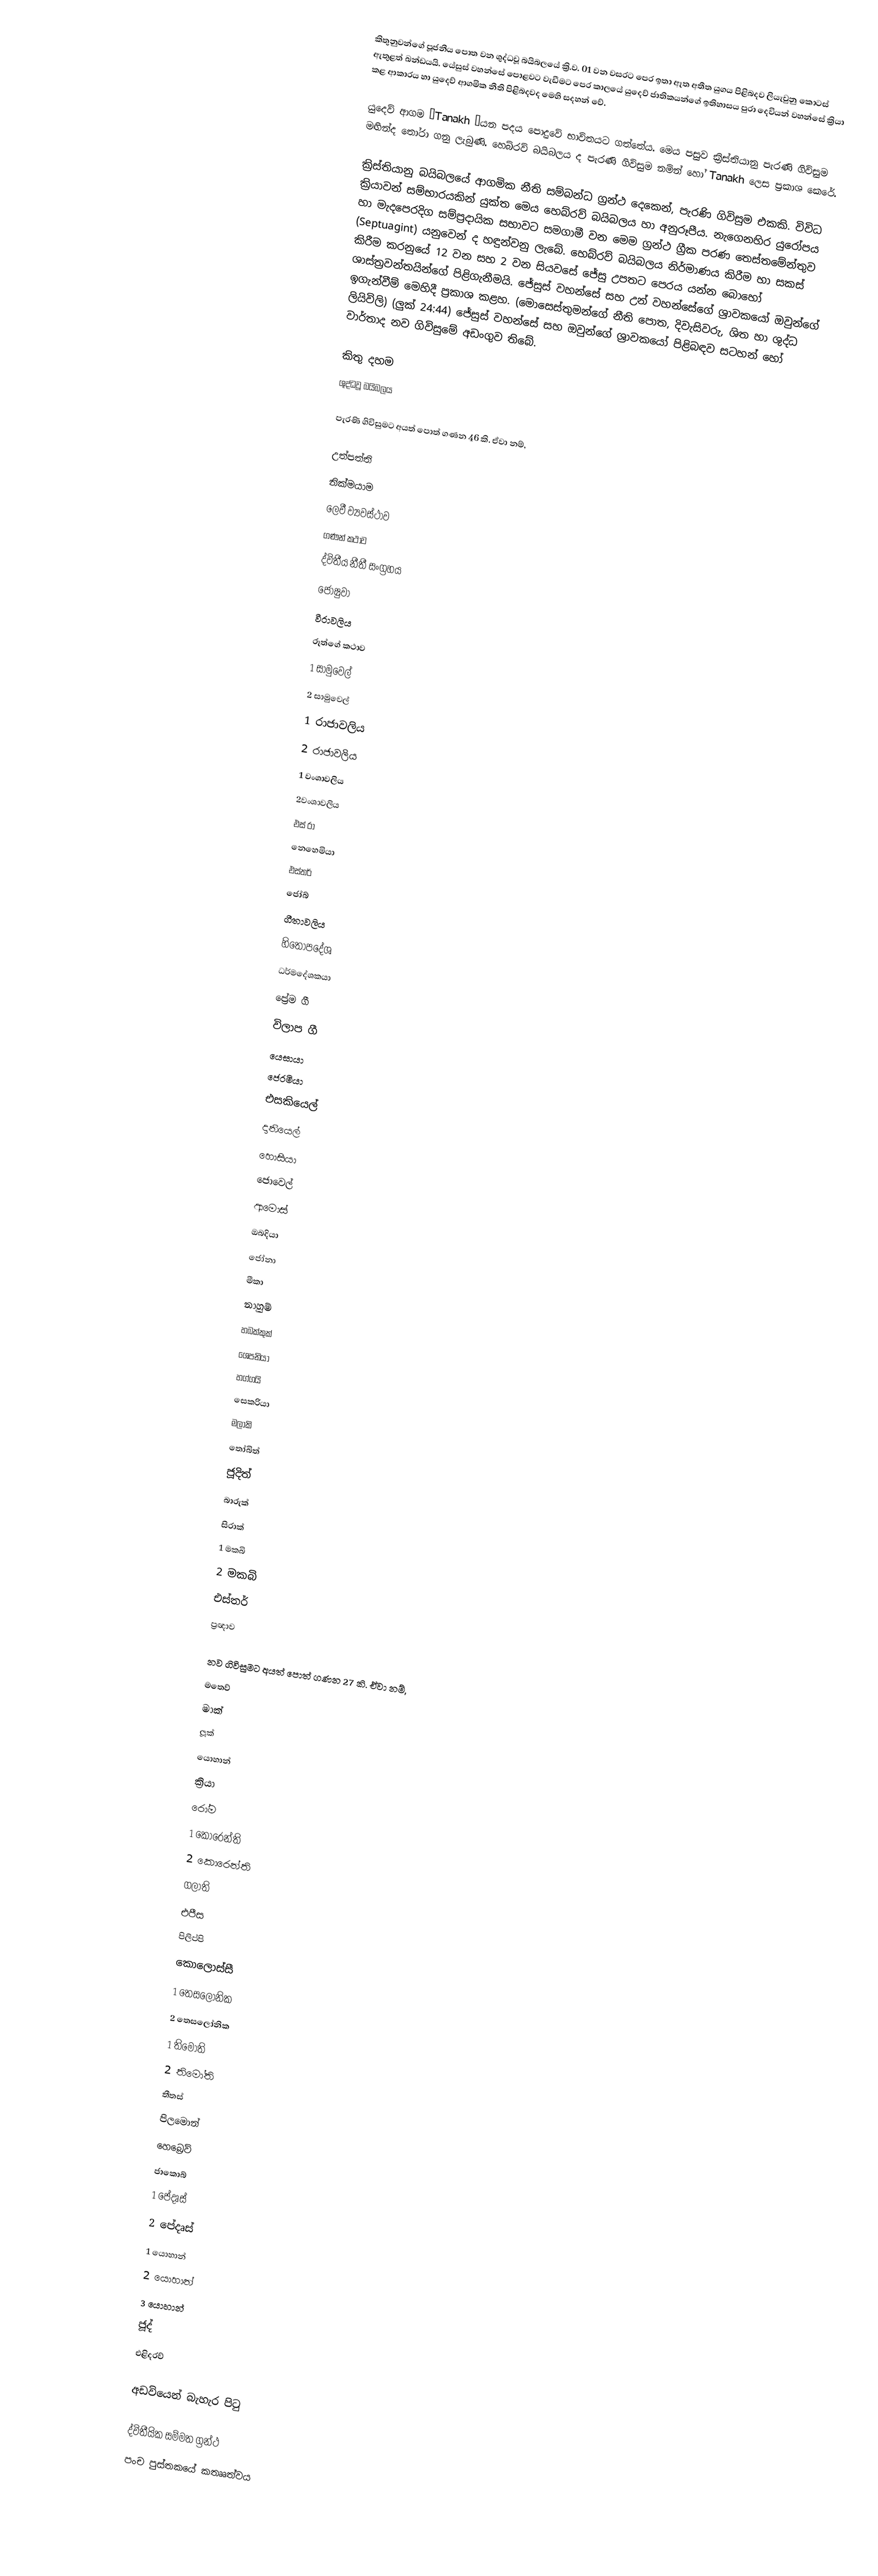
කිතුනුවන්ගේ පූජනීය පොත වන ශුද්ධවූ බයිබලයේ ක්‍රි.ව. 01 වන වසරට පෙර ඉතා ඈත අතීත යුගය පිළිබදව ලියැවුනු කොටස් ඇතුළත් ඛන්ඩයයි. යේසුස් වහන්සේ පොළවට වැඩීමට පෙර කාලයේ යුදෙව් ජාතිකයන්ගේ ඉතිහාසය පුරා දෙවියන් වහන්සේ ක්‍රියා කළ ආකාරය හා යුදෙව් ආගමික නීති පිළිබදවද මෙහි සදහන් වේ.

යුදෙව් ආගම ‘Tanakh ’යන පදය පොදුවේ භාවිතයට ගත්තේය. මෙය පසුව ක්‍රිස්තියානු පැරණි ගිවිසුම මඟින්ද තෝරා ගනු ලැබුණි. හෙබ්රව් බයිබලය ද පැරණි ගිවිසුම නමින් හෝ Tanakh ලෙස ප්‍රකාශ කෙරේ.

ක්‍රිස්තියානු බයිබලයේ ආගමික නීති සම්බන්ධ ග්‍රන්ථ දෙකෙන්, පැරණි ගිවිසුම එකකි. විවිධ ක්‍රියාවන් සම්භාරයකින් යුක්ත මෙය හෙබ්රව් බයිබලය හා අනුරූපීය. නැගෙනහිර යුරෝපය හා මැදපෙරදිග සම්ප්‍රදායික සභාවට සමගාමී වන මෙම ග්‍රන්ථ ග්‍රීක පරණ තෙස්තමේන්තුව (Septuagint) යනුවෙන් ද හඳුන්වනු ලැබේ. හෙබ්රව් බයිබලය නිර්මාණය කිරීම හා සකස් කිරීම කරනුයේ 12 වන සහ 2 වන සියවසේ ජේසු උපතට පෙරය යන්න බොහෝ ශාස්ත්‍රවන්තයින්ගේ පිළිගැනීමයි. ජේසුස් වහන්සේ සහ උන් වහන්සේගේ ශ්‍රාවකයෝ ඔවුන්ගේ ඉගැන්වීම් මෙහිදී ප්‍රකාශ කළහ. (මොසෙස්තුමන්ගේ නීති පොත, දිවැසිවරු, ශිත හා ශුද්ධ ලියිවිලි) (ලුක් 24:44) ජේසුස් වහන්සේ සහ ඔවුන්ගේ ශ්‍රාවකයෝ පිළිබඳව සටහන් හෝ වාර්තාද නව ගිවිසුමේ අඩංගුව තිබේ.

කිතු දහම
ශුද්ධවූ බයිබලය

පැරණි ගිවිසුමට අයත් පොත් ගණන 46 කි. ඒවා නම්,

 උත්පත්ති
 නික්මයාම
 ලෙවී ව්‍යවස්ථාව
 ගණන් කථාව
 ද්විතීය නීතී සංග්‍රහය
 ජොෂුවා
 වීරාවලිය
 රූත්ගේ කථාව
 1 සාමුවෙල්
 2 සාමුවෙල්
 1 රාජාවලිය
 2 රාජාවලිය
 1 වංශාවලිය
 2වංශාවලිය
 එස් රා
 නෙහෙමියා
 එස්තර්
 ජෝබ්
 ගීතාවලිය
 හිතෝපදේශ
 ධර්මදේශකයා
 ප්‍රේම ගී
 විලාප ගී
 යෙසායා
 ජෙරමියා
 එසකියෙල්
 දානියෙල්
 හොසියා
 ජොවෙල්
 ආමොස්
 ඔබදියා
 ජෝනා
 මීකා
 නාහුම්
 හබක්කුක්
 ශෙපනියා
 හග්ගයි
 සෙකරියා
 මලාකි
 තෝබිත්
 ජූදිත්
 බාරුක්
 සිරාක්
 1 මකබි
 2 මකබි
 එස්තර්
 ප්‍රඥාව

නව ගිවිසුමට අයත් පොත් ගණන 27 කි. ඒවා නම්,
 මතෙව්
 මාක්
 ලූක්
 යොහාන්
 ක්‍රියා
 රෝම
 1 කොරෙන්ති
 2 කොරෙන්ති
 ගලාති
 එපීස
 පිලිප්පි
 කොලොස්සී
 1 තෙසලෝනික
 2 තෙසලෝනික
 1 තිමෝති
 2 තිමෝති
 තීතස්
 පිලමොන්
 හෙබ්‍රෙව්
 ජාකොබ්
 1 පේදෘස්
 2 පේදෘස්
 1 යොහාන්
 2 යොහාන්
 3 යොහාන්
 ජූද්
 එළිදරව්

අඩවියෙන් බැහැර පිටු

 ද්විතීයික සම්මත ග්‍රන්ථ
 පංච පුස්තකයේ කතෲත්වය